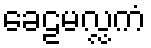
ခေဠမလ္လကံ